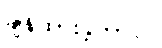
ချန်ထားခဲ့တာပါ။